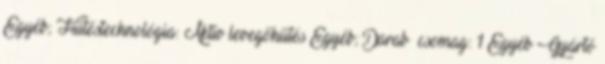
Egyéb; Hűtéstechnológia: Aktív levegőhűtés Egyéb; Darab csomag: 1 Egyéb Gyártó